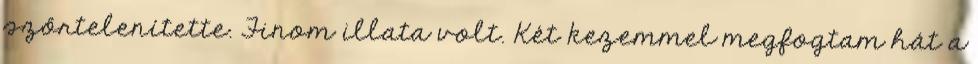
szőrtelenítette. Finom illata volt. Két kezemmel megfogtam hát a